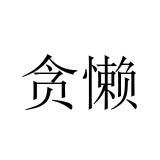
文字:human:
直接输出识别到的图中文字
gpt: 贪懒